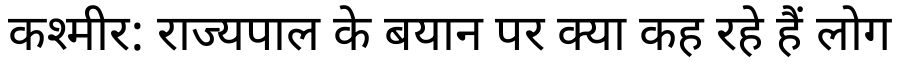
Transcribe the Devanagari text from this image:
कश्मीर: राज्यपाल के बयान पर क्या कह रहे हैं लोग